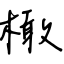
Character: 橄